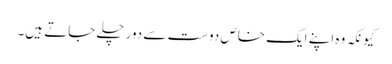
کیونکہ وہ اپنے ایک خاص دوست سے دور چلے جاتے ہیں۔